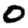
Digit: 0